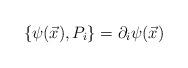
LaTeX: \begin{align*}\{\psi(\vec{x}), P_{i}\} = \partial_{i}\psi(\vec{x})\end{align*}